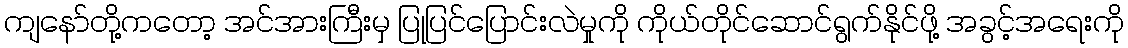
ကျနော်တို့ကတော့ အင်အားကြီးမှ ပြုပြင်ပြောင်းလဲမှုကို ကိုယ်တိုင်ဆောင်ရွက်နိုင်ဖို့ အခွင့်အရေးကို